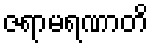
ဇရာမရဏာတိ